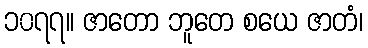
၁၀၇၇။ ဇာတော ဘူတေ စယေ ဇာတံ၊